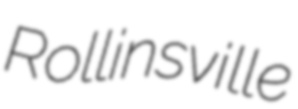
Rollinsville